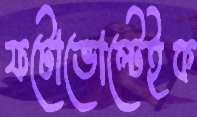
ফটোভোল্টেইক